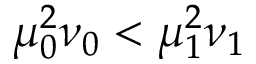
\mu _ { 0 } ^ { 2 } \nu _ { 0 } < \mu _ { 1 } ^ { 2 } \nu _ { 1 }